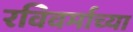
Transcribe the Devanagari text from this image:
रविवर्माच्या